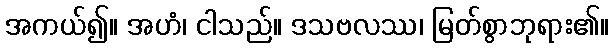
အကယ်၍။ အဟံ၊ ငါသည်။ ဒသဗလဿ၊ မြတ်စွာဘုရား၏။